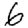
Digit: 6